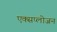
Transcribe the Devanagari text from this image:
एक्सप्लोजन